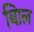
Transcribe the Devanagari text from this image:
बािल